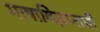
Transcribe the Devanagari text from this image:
भाषाविज्ञानाची